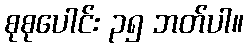
စုစုပေါင်း ၃၅ ဘတ်ပါ။